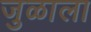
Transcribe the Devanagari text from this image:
जुळाला